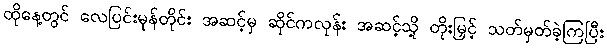
ထိုနေ့တွင် လေပြင်းမုန်တိုင်း အဆင့်မှ ဆိုင်ကလုန်း အဆင့်သို့ တိုးမြှင့် သတ်မှတ်ခဲ့ကြပြီး